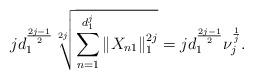
LaTeX: \begin{align*} jd_1^{\frac{2j-1}{2}}\sqrt[2j]{\sum_{n=1}^{d_1^j}\|X_{n1}\|_1^{2j}}=jd_1^{\frac{2j-1}{2}}\nu_j^{\frac{1}{j}}.\end{align*}